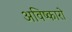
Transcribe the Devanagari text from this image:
अविष्कारो